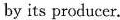
by its producer.